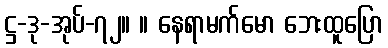
ဋ္ဌ-ဒု-အုပ်-၇၂။ ။ နေရာမက်မော ဘေးထူပြော